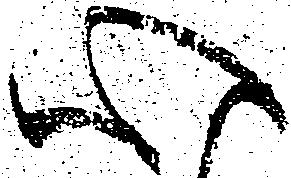
心